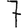
Digit: 7